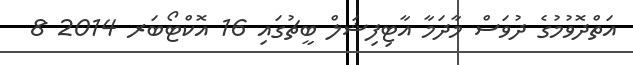
އަތްދޮވުމުގެ ދުވަސް މާދަމާ އާޓިފިޝަލް ބީޗުގައި 16 އޮކްޓޯބަރ 2014 8